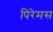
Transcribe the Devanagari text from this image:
पिरेमस